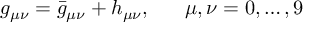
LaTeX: g _ { \mu \nu } = { \bar { g } } _ { \mu \nu } + h _ { \mu \nu } , ~ ~ ~ ~ ~ \mu , \nu = 0 , \dots , 9